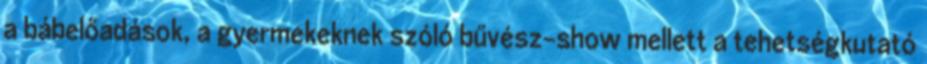
a bábelőadások, a gyermekeknek szóló bűvész-show mellett a tehetségkutató